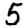
Digit: 5